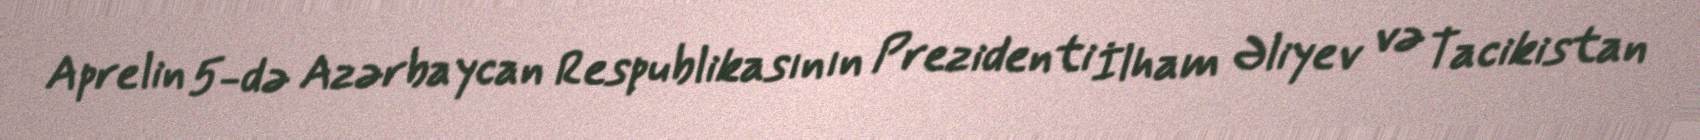
Aprelin 5-də Azərbaycan Respublikasının Prezidenti İlham Əliyev və Tacikistan